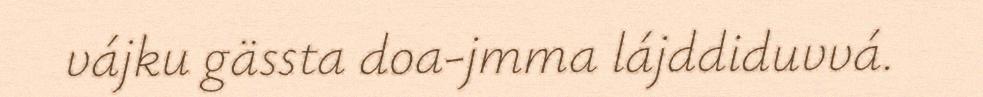
vájku gässta doa-jmma lájddiduvvá.